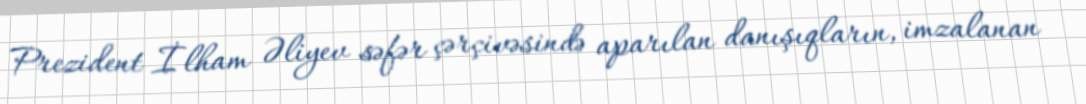
Prezident İlham Əliyev səfər çərçivəsində aparılan danışıqların, imzalanan